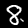
Label: 8